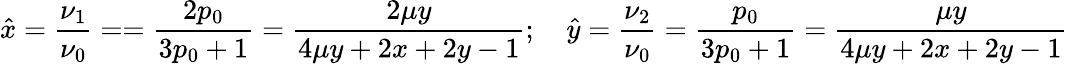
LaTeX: \hat{x}=\frac{\nu_{1}}{\nu_{0}}==\frac{2p_{0}}{3p_{0}+1}=\frac{2\mu y}{4\mu y+2x+2y-1};\quad\hat{y}=\frac{\nu_{2}}{\nu_{0}}=\frac{p_{0}}{3p_{0}+1}=\frac{\mu y}{4\mu y+2x+2y-1}